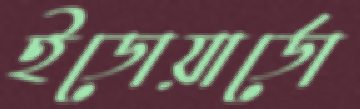
ইডোয়ার্ডো